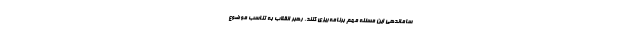
ساماندهی این مسئله مهم برنامه‌ریزی کنند. رهبر انقلاب به تناسب موضوع